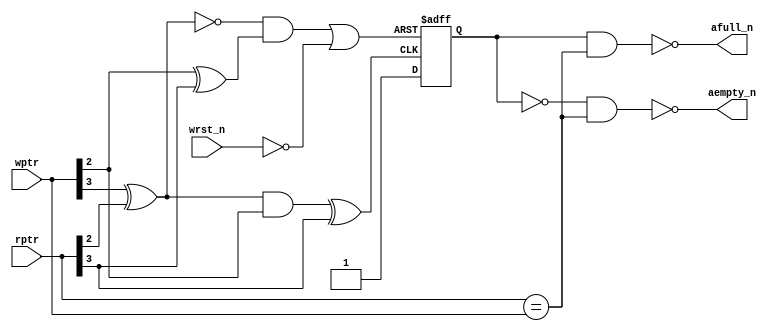
/*
 * @Design: async_cmp 
 * @Author: chms 
 * @Email: cheems@foxmail.com
 * @Description: Asynchronized compare rptr & wptr, generate asynchronized empty & full flag
 */

module async_cmp #(
  parameter ASIZE = 4
)(
  output aempty_n, afull_n,
  input  [ASIZE-1:0] rptr, wptr,
  input  wrst_n
);
  reg direction;

  wire dirset_n = ~((wptr[ASIZE-1]^rptr[ASIZE-2]) & wptr[ASIZE-2]^rptr[ASIZE-1]);
  wire dirclr_n = ~((~(wptr[ASIZE-1]^rptr[ASIZE-2]) & (wptr[ASIZE-2]^rptr[ASIZE-1])) |
                  ~wrst_n);
  always @ (negedge dirset_n or negedge dirclr_n) begin
    if (!dirclr_n) direction = 1'b0;
    else           direction = 1'b1;
  end

  assign aempty_n = ~(~direction && (rptr == wptr));
  assign afull_n  = ~( direction && (rptr == wptr));

endmodule